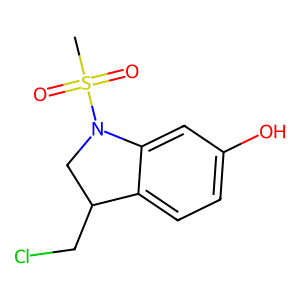
SMILES: CS(=O)(=O)N1CC(CCl)c2ccc(O)cc21
Inhibits HIV replication: No